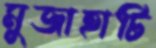
মুজাহাটি